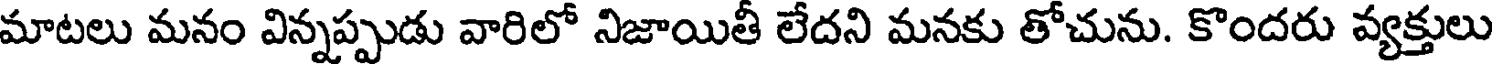
మాటలు మనం విన్నప్పుడు వారిలో నిజాయితీ లేదని మనకు తోచును. కొందరు వ్యక్తులు